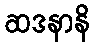
ဆဒနာနိ